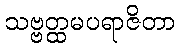
သဗ္ဗတ္ထမပရာဇိတာ